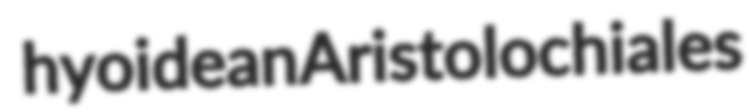
hyoidean Aristolochiales